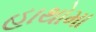
હાથોમા